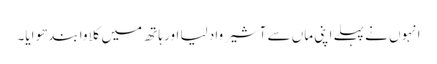
انہوں نے پہلے اپنی ماں سے آشیرواد لیا اور ہاتھ میں کلاوا بندھوایا۔